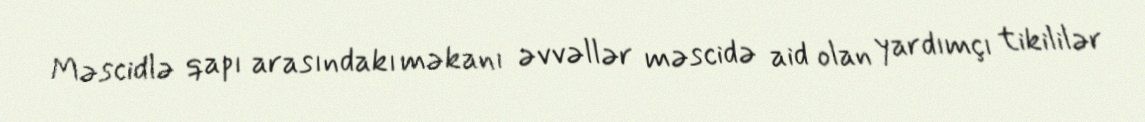
Məscidlə qapı arasındakı məkanı əvvəllər məscidə aid olan yardımçı tikililər